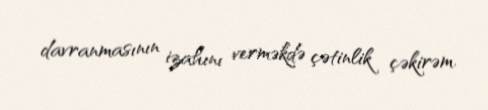
davranmasının izahını verməkdə çətinlik çəkirəm.